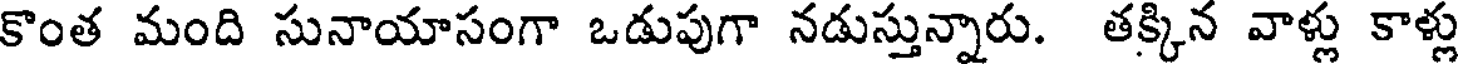
కొంత మంది సునాయాసంగా ఒడుపుగా నడుస్తున్నారు. తక్కిన వాళ్లు కాళ్లు